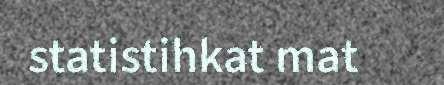
statistihkat mat